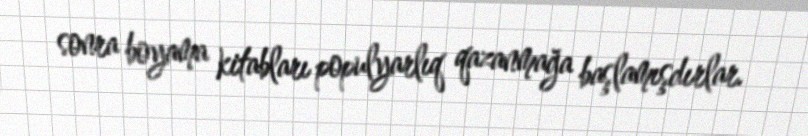
sonra boyama kitabları populyarlıq qazanmağa başlamışdırlar.